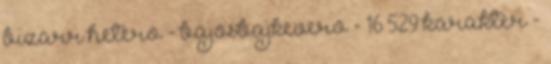
bizarr hetero - bajosbajkevero - 16 529 karakter -